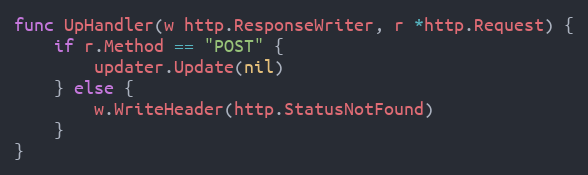
Language: Go
func UpHandler(w http.ResponseWriter, r *http.Request) {
	if r.Method == "POST" {
		updater.Update(nil)
	} else {
		w.WriteHeader(http.StatusNotFound)
	}
}